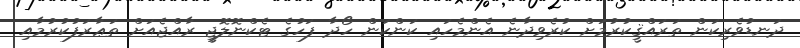
ދަނޑުވެރިކަން ތަރައްޤީކުރުމަށް ކުރެވިދާނެ އެންމެހައި ކަންކަން ހޯދާ ފަހުގެ ޓެކްނޮލޮޖީ ރާއްޖެއަށް ތަޢާރަފުކުރުމާއި